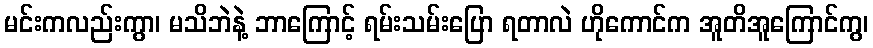
မင်းကလည်းကွာ၊ မသိဘဲနဲ့ ဘာကြောင့် ရမ်းသမ်းပြော ရတာလဲ ဟိုကောင်က အူတိအူကြောင်ကွ၊